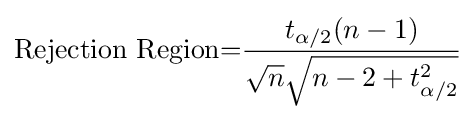
{\text{Rejection Region}}{=}{\frac {{t_{\alpha /2}}{\left(n-1\right)}}{{\sqrt {n}}{\sqrt {n-2+{t_{\alpha /2}^{2}}}}}}